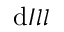
\mathrm { d } I l l